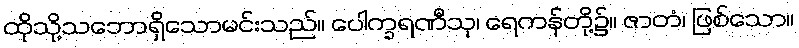
ထိုသို့သဘောရှိသောမင်းသည်။ ပေါက္ခရဏီသု၊ ရေကန်တို့၌။ ဇာတံ၊ ဖြစ်သော။